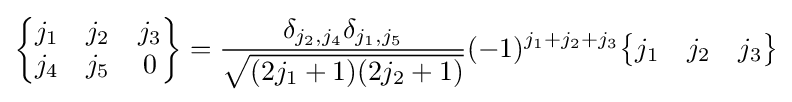
{\begin{Bmatrix}j_{1}&j_{2}&j_{3}\\j_{4}&j_{5}&0\end{Bmatrix}}={\frac {\delta _{j_{2},j_{4}}\delta _{j_{1},j_{5}}}{\sqrt {(2j_{1}+1)(2j_{2}+1)}}}(-1)^{j_{1}+j_{2}+j_{3}}{\begin{Bmatrix}j_{1}&j_{2}&j_{3}\end{Bmatrix}}